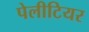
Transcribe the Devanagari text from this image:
पेलीटियर